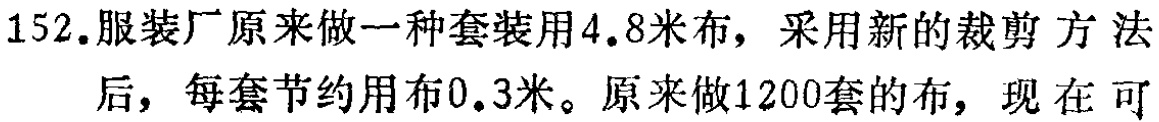
152.服装厂原来做一种套装用4.8米布，采用新的裁剪方法后，每套节约用布0.3米。原来做1200套的布，现在可